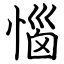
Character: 惱